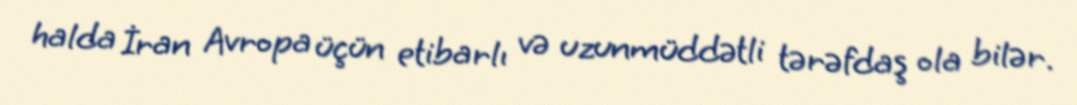
halda İran Avropa üçün etibarlı və uzunmüddətli tərəfdaş ola bilər.